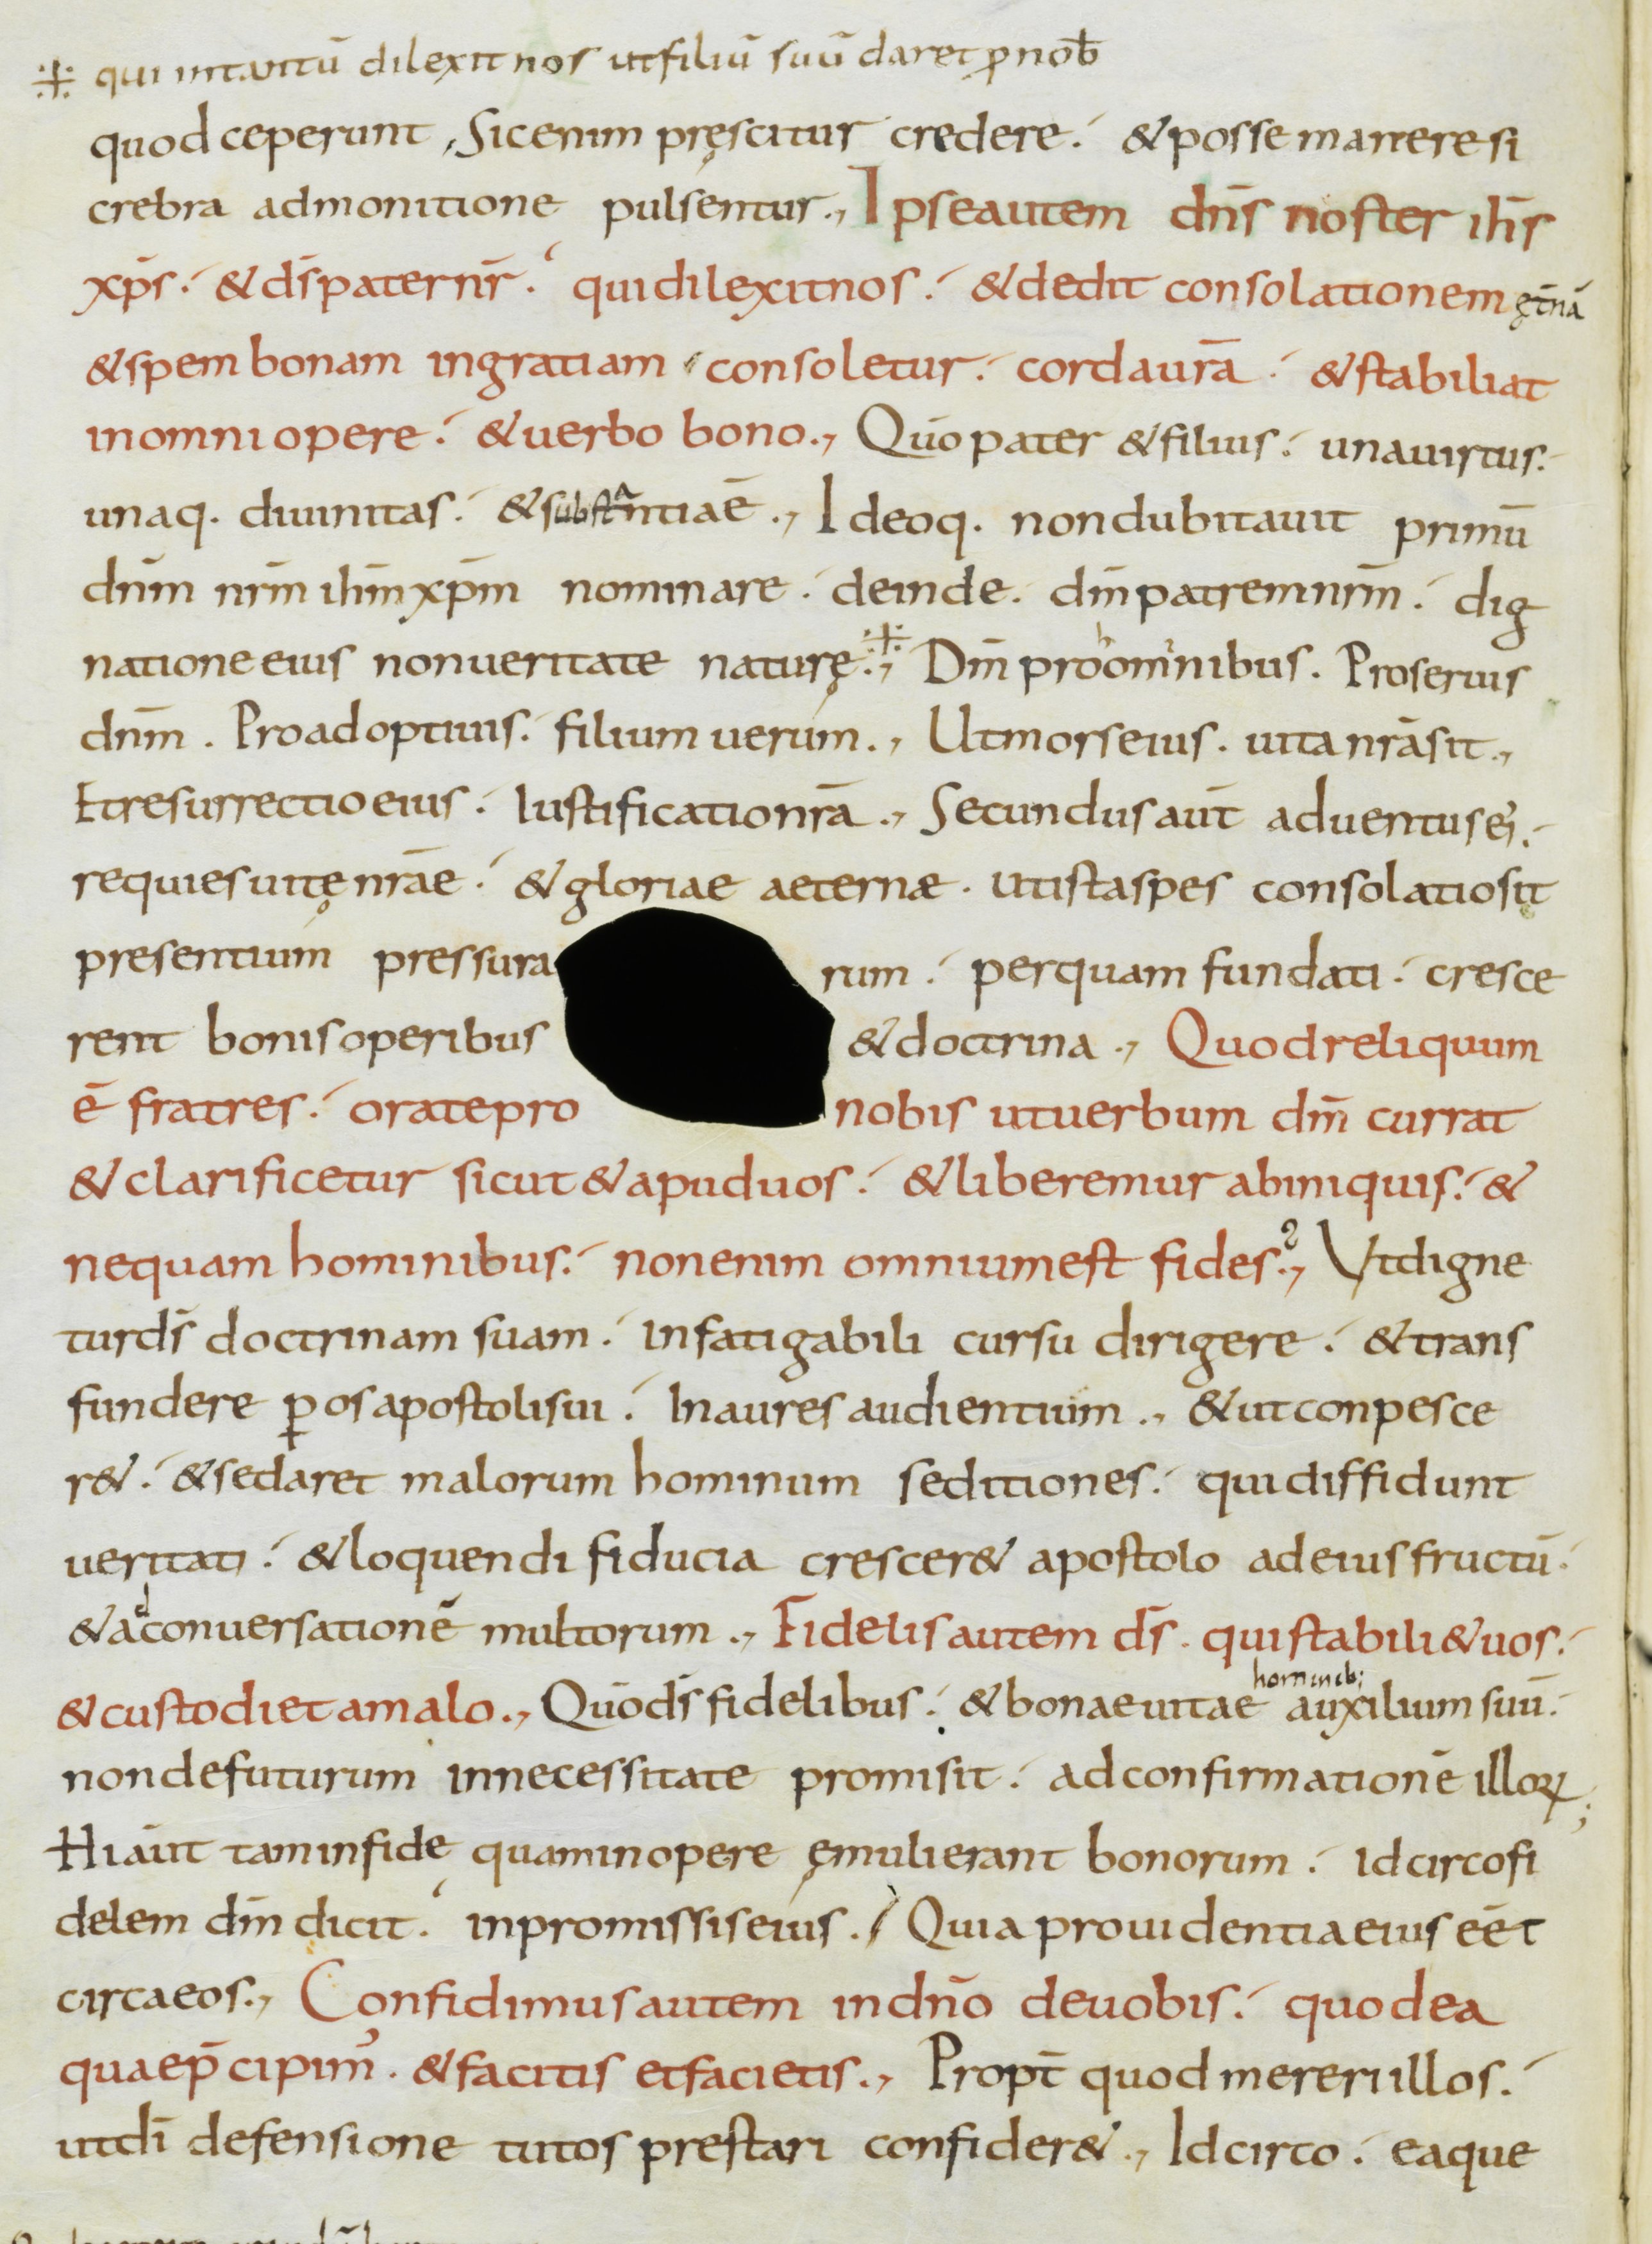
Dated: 800–899